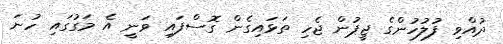
ދުއްވި ފުލުހުންގެ ޖީޕުން ޖެހި ތަޅައިގެން ގޮސްފައި ވަނީ އެ މަގުގައި ހުނަ